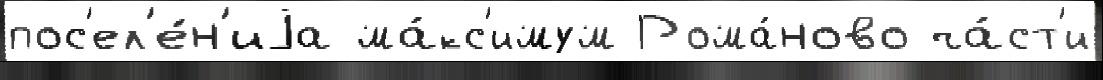
пос'ел'е́н'иjа ма́кс'имум Рома́ново ча́ст'и